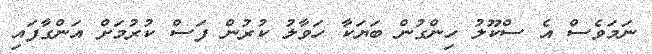
ނަމަވެސް އެ ސްކޫލު ހިންގުން ބަޔަކާ ހަވާލު ކުރުން ފަސް ކުރުމަށް އަންގާފައި